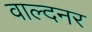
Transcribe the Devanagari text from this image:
वाल्दनर